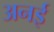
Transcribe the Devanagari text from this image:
अनई